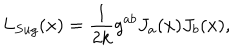
L _ { S u g } ( x ) = \frac { 1 } { 2 k } g ^ { a b } J _ { a } ( x ) J _ { b } ( x ) ,